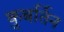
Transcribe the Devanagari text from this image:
कुबर्तिन